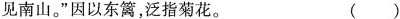
见南山。”因以东篱，泛指菊花。 ( )